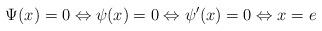
LaTeX: \begin{align*}\Psi(x)=0 \Leftrightarrow \psi(x)=0\Leftrightarrow \psi^{\prime}(x)=0 \Leftrightarrow x=e\end{align*}